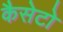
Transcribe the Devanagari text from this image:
कैसेटो